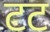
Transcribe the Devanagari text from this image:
टट